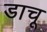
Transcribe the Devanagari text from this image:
डाचू